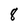
Character: 8